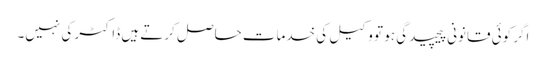
اگر کوئی قانونی پیچیدگی ہو تو وکیل کی خدمات حاصل کرتے ہیں ڈاکٹر کی نہیں۔